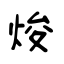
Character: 焌